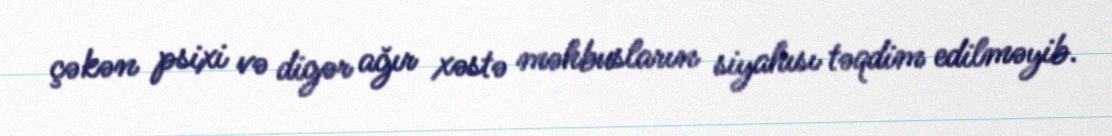
çəkən psixi və digər ağır xəstə məhbusların siyahısı təqdim edilməyib.